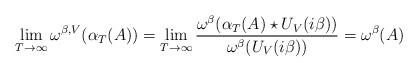
LaTeX: \begin{align*}\lim_{T\to\infty} \omega^{\beta,V}(\alpha_T(A)) = \lim_{T\to\infty} \frac{\omega^{\beta}(\alpha_T(A)\star U_V(i\beta))}{\omega^\beta(U_V(i\beta))} = \omega^{\beta}(A)\end{align*}